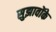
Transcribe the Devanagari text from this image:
सुझावोंके